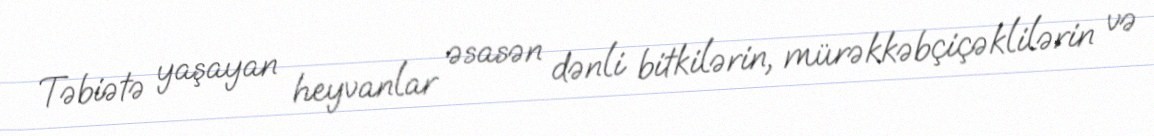
Təbiətə yaşayan heyvanlar əsasən dənli bitkilərin, mürəkkəbçiçəklilərin və